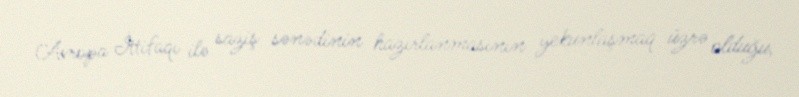
Avropa İttifaqı ilə saziş sənədinin hazırlanmasının yekunlaşmaq üzrə olduğu,